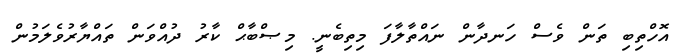
އޮހްތިބި ތަން ވެސް ހަނދާން ނައްތާލާފަ މިތިބެނީ. މިޞްބާޙް ކާރު ދުއްވަން ތައްޔާރުވެލަމުން